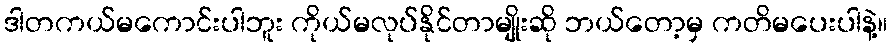
ဒါတကယ်မကောင်းပါဘူး ကိုယ်မလုပ်နိုင်တာမျိုးဆို ဘယ်တော့မှ ကတိမပေးပါနဲ့။